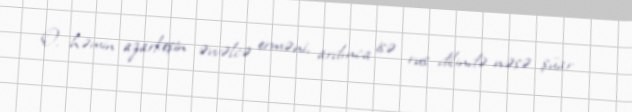
O, həmin azarkeşin əvvəlcə erməni, ardınca isə rus dilində nəsə şüar